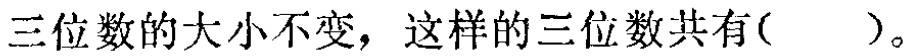
三位数的大小不变，这样的三位数共有( )。